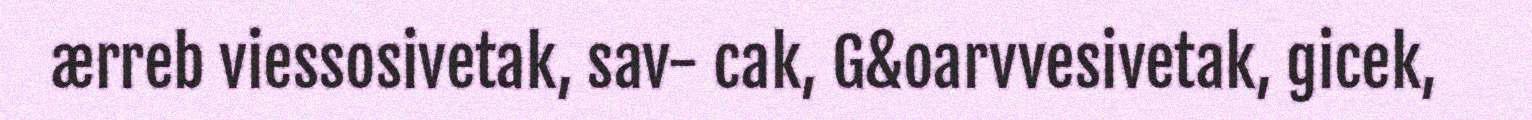
ærreb viessosivetak, sav- cak, G&oarvvesivetak, gicek,